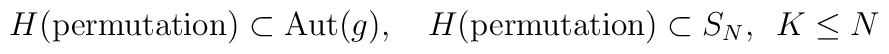
H({\rm permutation}) \subset{\rm Aut}(g) ,\quad H({\rm permutation}) \subset S_N,\,\,\, K\leq N